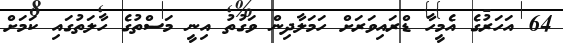
64 އަހަރުގެ އެމީހާ ޑްރައިވަރަށް ހަމަލާދިން ވަގުތު އިނީ މަސްތުގެ ހާލަތުގައި ކަމަށް